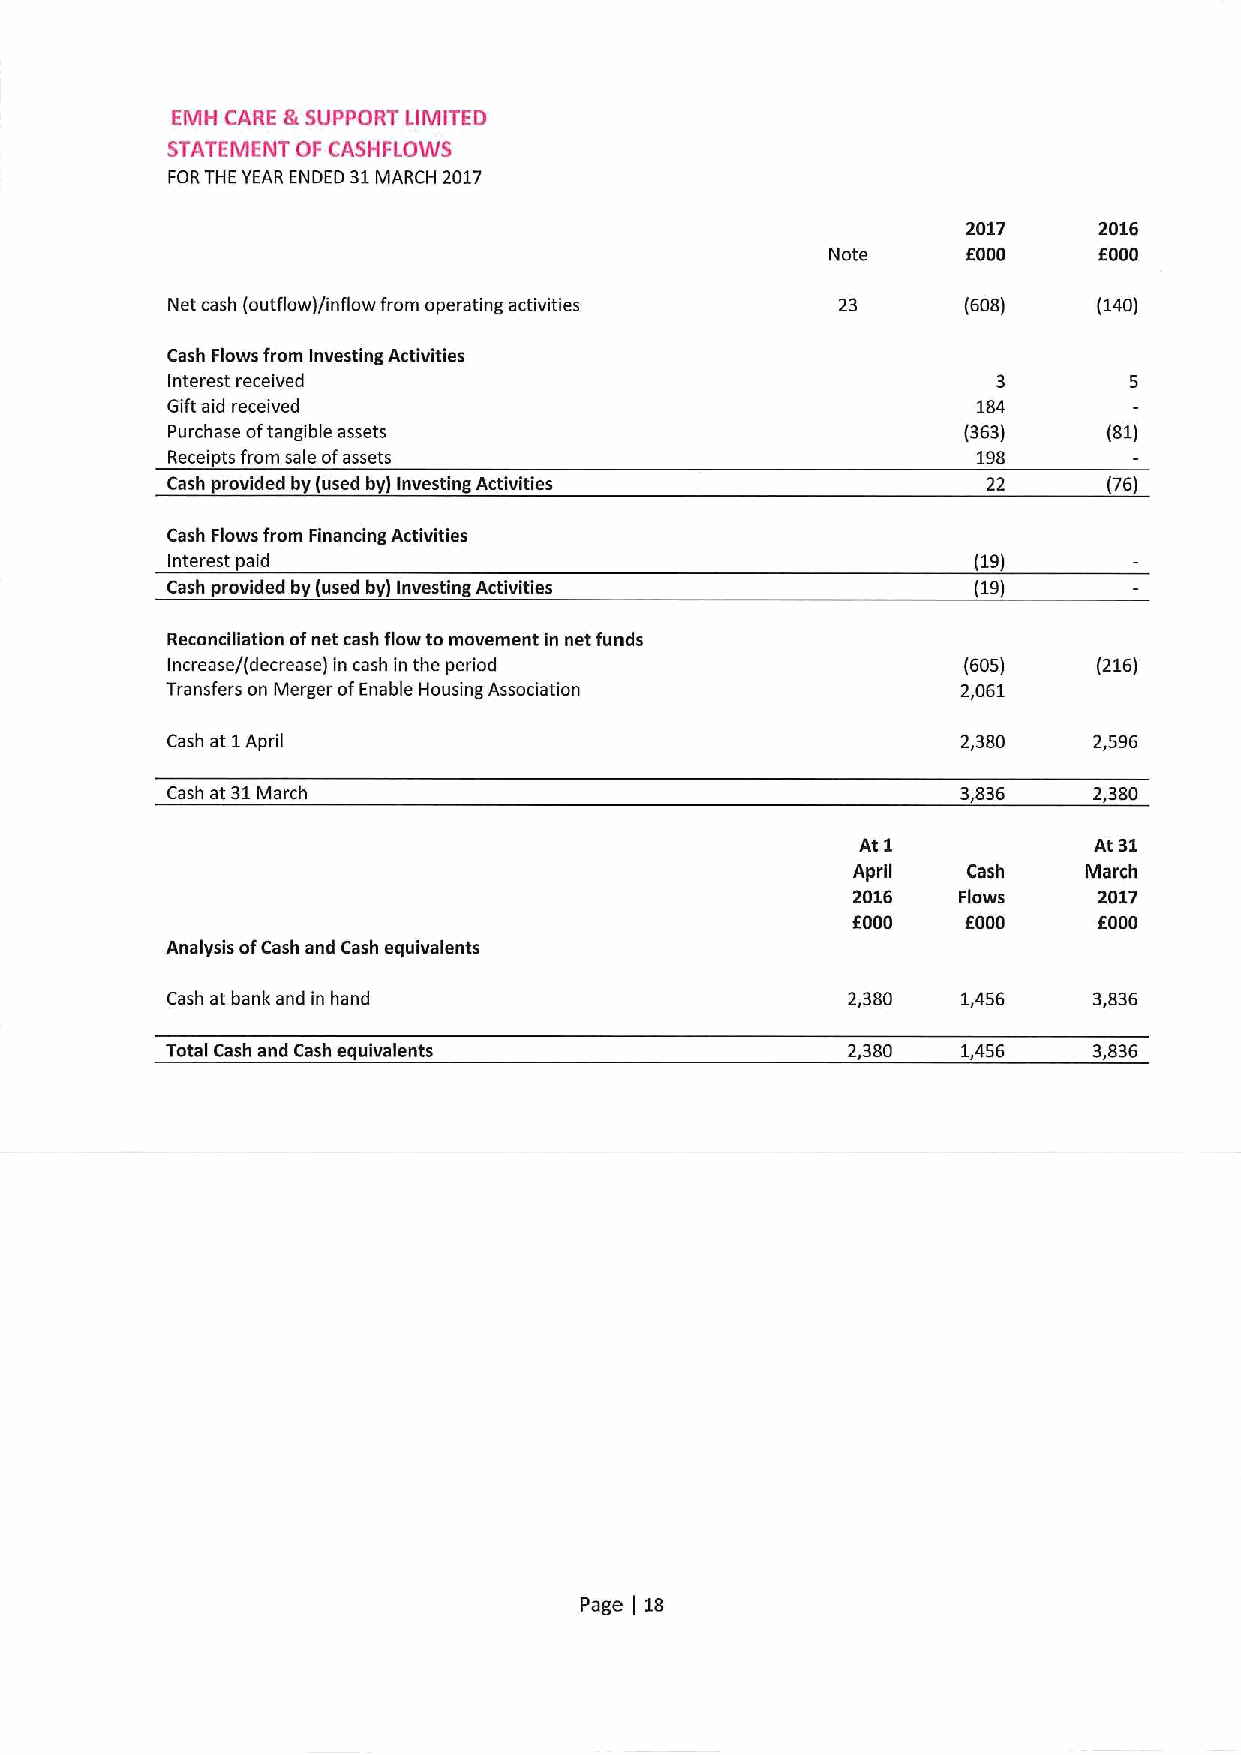
EMH CARE &SUPPORT LIMITED
 STATEMENT OF CASHFLOWS
 FORTHE YEAR ENDED 31MARCH 2017
 2017     2016
 Note     f000     6000
 Net cash (outflow)/inflow from operating activities 23 (608)  (140)
 Cash Flows from Investing Activities
 Interest received                                      3
 Gift aid received                                     184
 Purchase oftangible assets                           (363)    (81)
 Receipts from sale ofassets                           198
 Cash provided by (used by) Investing Activities       22      (76)
 Cash Flows from Financing Activities
 Interest paid                                         (19)
 Cash provided by (used by) Investing Activities       (19)
 Reconciliation ofnet cash flow to movement in net funds
 Increase/(decrease) in cash in the period            (605)    (216)
 Transfers on Merger ofEnable Housing Association     2,061
 Cash at 1April                                       2,380   2,596
 Cash at 31March                                      3,836   2,380
 At 1           At 31
 April   Cash    March
 2016   Flows     2017
 f000    f000
 EOOO
 Analysis ofCash and Cash equivalents
 Cash at bank and in hand                     2,380   1,456   3,836
 Total Cash and Cash equivalents              2,380   1,456   3,836
 Page 18
 )